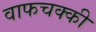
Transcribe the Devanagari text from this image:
वाफचक्की